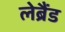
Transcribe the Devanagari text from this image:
लेब्रैंड